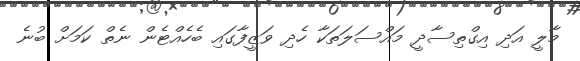
މާލީ އަދި އިގްތިސާދީ މައްސަލަތަކާ ހެދި ވަޒީފާގައި ބެހެއްޓެން ނެތް ކަމަށް ބުނެ